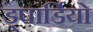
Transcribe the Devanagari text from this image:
ड्पार्डियो